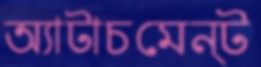
অ্যাটাচমেন্ট